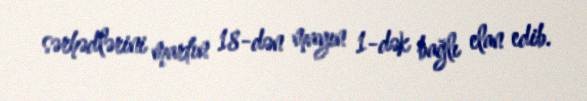
sərhədlərini martın 18-dən mayın 1-dək bağlı elan edib.